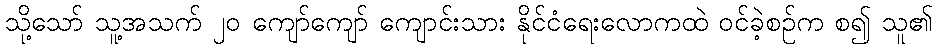
သို့သော် သူ့အသက် ၂၀ ကျော်ကျော် ကျောင်းသား နိုင်ငံရေးလောကထဲ ဝင်ခဲ့စဉ်က စ၍ သူ၏